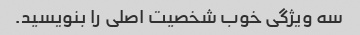
سه ویژگی خوب شخصیت اصلی را بنویسید.